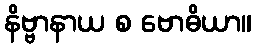
နိဗ္ဗာနာယ စ ဗောဓိယာ။